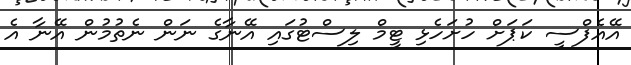
އޭއެފްސީ ކަޕަށް ހުށަހެޅި ޓީމް ލިސްޓުގައި އޭނާގެ ނަން ނެތުމުން އޭނާ އެ